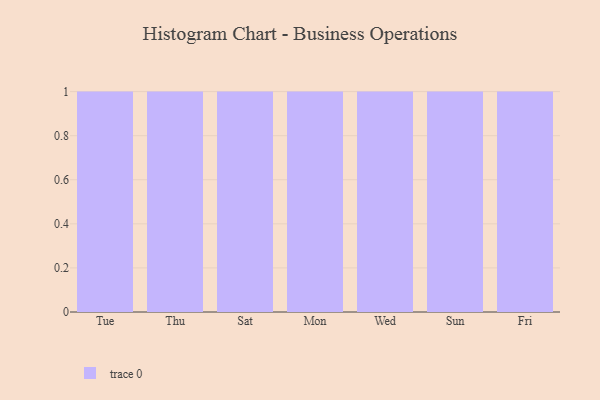
{"axis": {"x": "Day", "y": "Bounce Rate (%)"}, "legend": [""], "data": [{"x": "Tue", "y": 90, "type": ""}, {"x": "Thu", "y": 76, "type": ""}, {"x": "Sat", "y": 49, "type": ""}, {"x": "Mon", "y": 94, "type": ""}, {"x": "Wed", "y": 8, "type": ""}, {"x": "Sun", "y": 57, "type": ""}, {"x": "Fri", "y": 68, "type": ""}]}